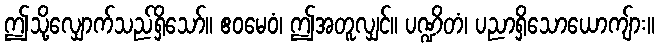
ဤသို့လျှောက်သည်ရှိသော်။ ဧဝမေဝံ၊ ဤအတူလျှင်။ ပဏ္ဍိတံ၊ ပညာရှိသောယောကျ်ား။